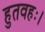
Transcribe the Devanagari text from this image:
हुतवहः।